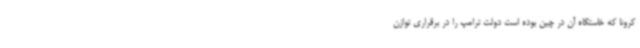
کرونا که خاستگاه آن در چین بوده است دولت ترامپ را در برقراری توازن